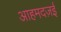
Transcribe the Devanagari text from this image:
आहमदज़ई